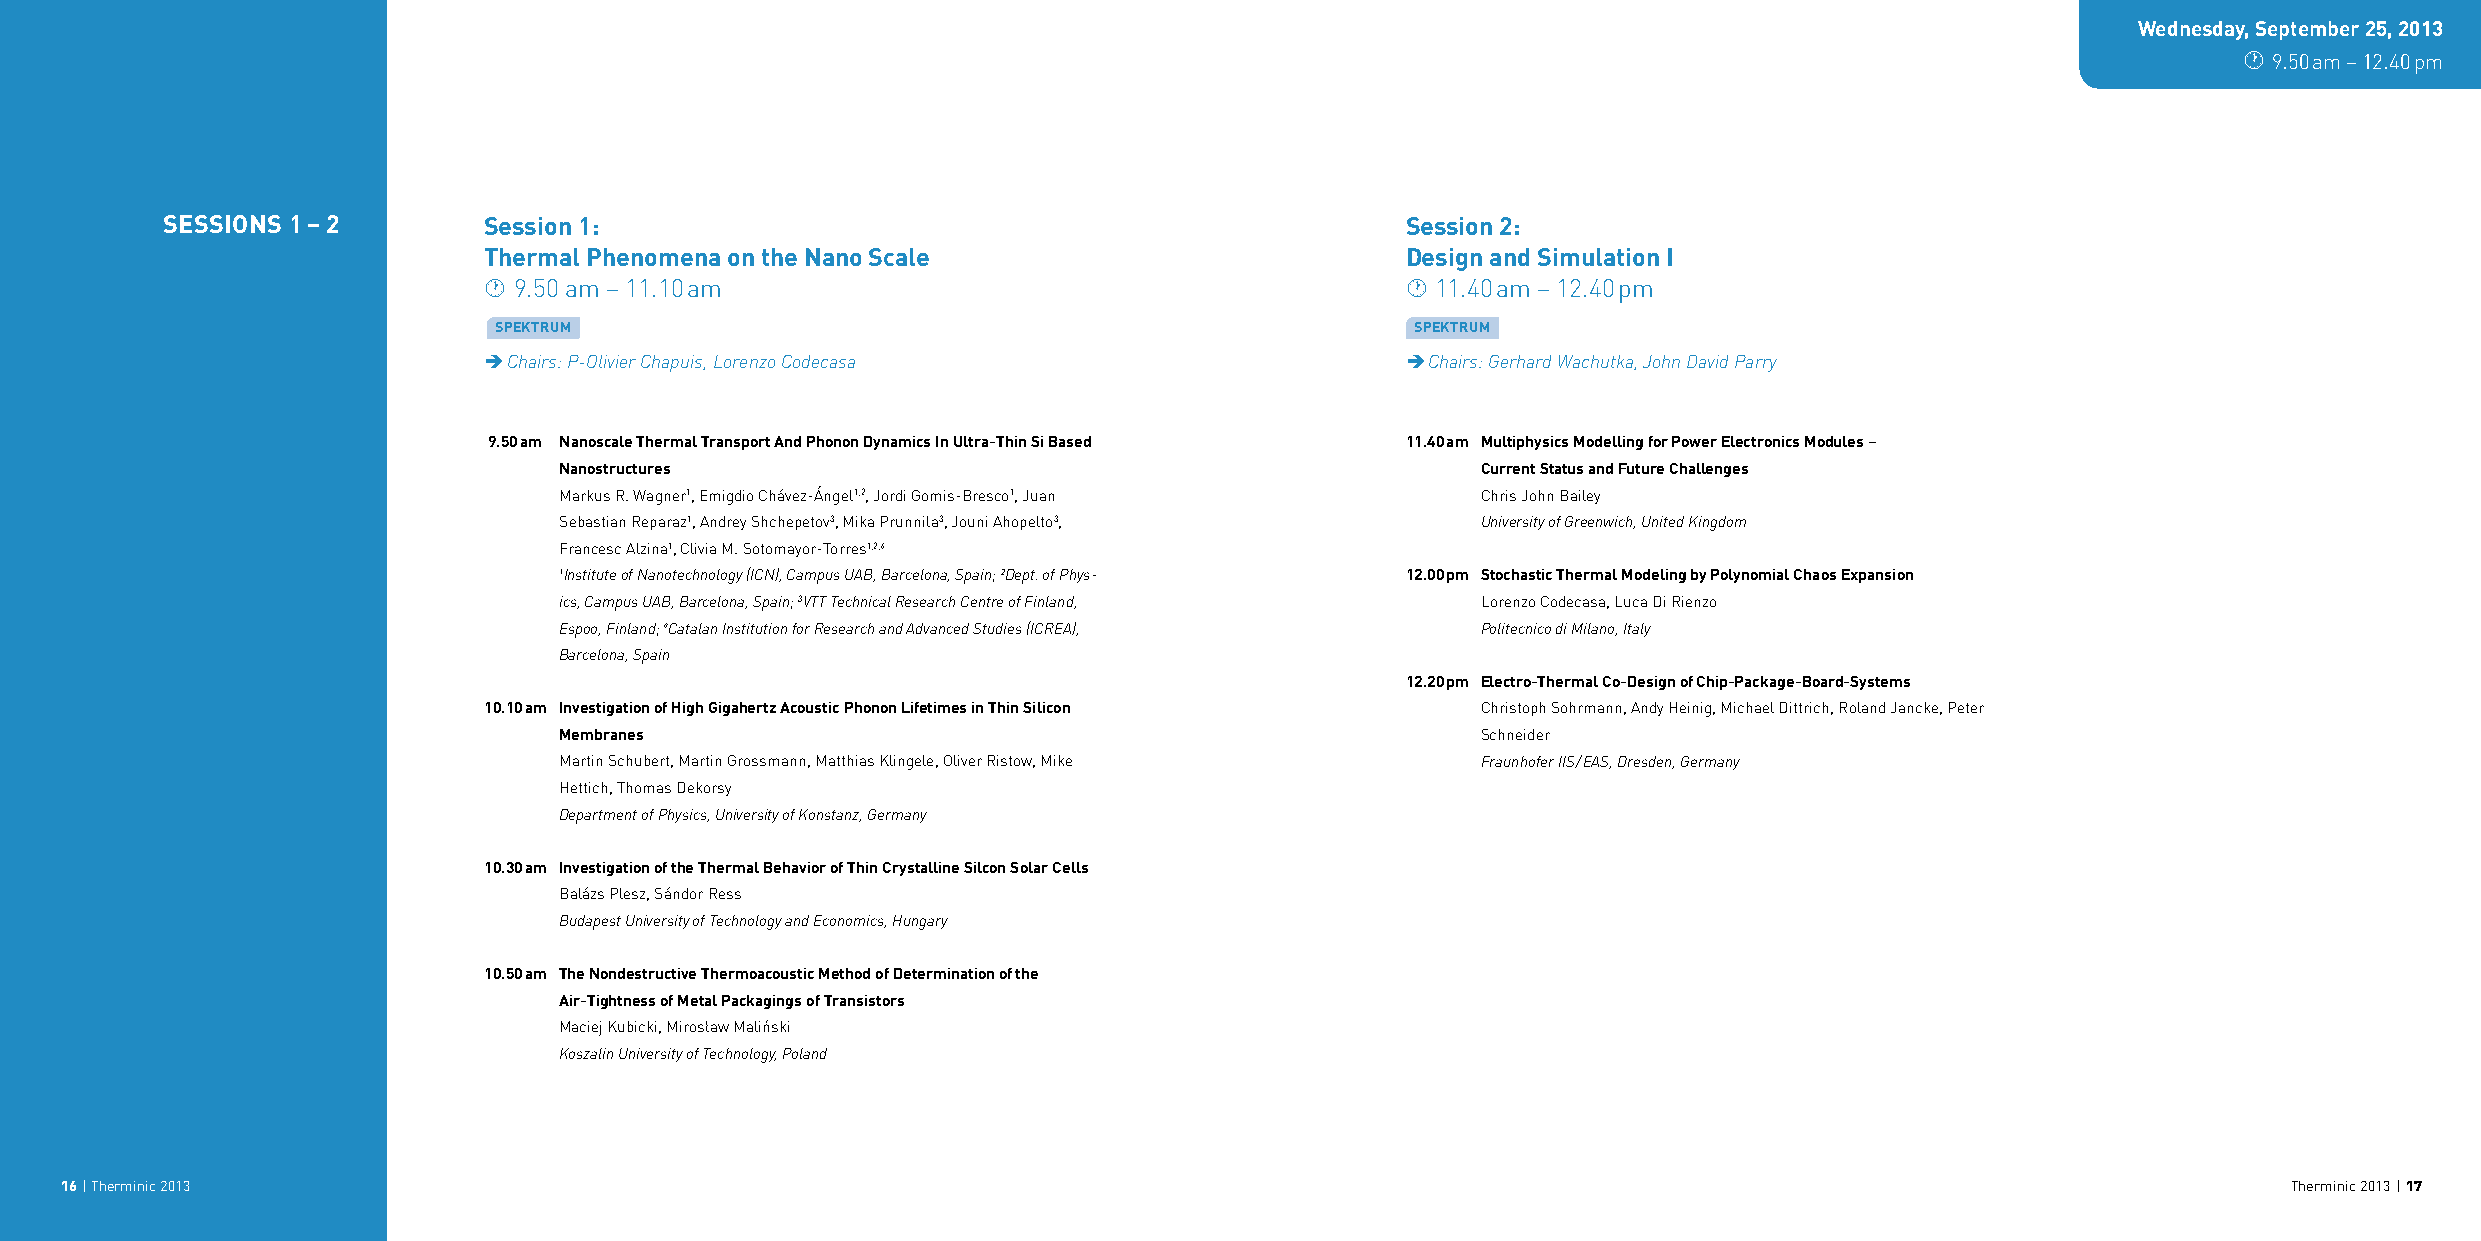
Wednesday, September 25, 2013
  9.50 am – 12.40 pm
 SeSSionS 1 – 2       Session 1:                                                   Session 2:
 Thermal Phenomena on the Nano Scale                          Design and Simulation I
  9.50 am – 11.10 am                                          11.40 am – 12.40 pm
 SPektrum                                                     SPektrum
  Chairs: P-Olivier Chapuis, Lorenzo Codecasa                 Chairs: Gerhard Wachutka, John David Parry
 9.50 am Nanoscale Thermal Transport And Phonon Dynamics In Ultra-Thin Si Based 11.40 am Multiphysics Modelling for Power Electronics Modules –
 Nanostructures                                               Current Status and Future Challenges
 Markus R. Wagner1, Emigdio Chávez-Ángel1,2, Jordi Gomis-Bresco1, Juan Chris John Bailey
 Sebastian Reparaz1, Andrey Shchepetov3, Mika Prunnila3, Jouni Ahopelto3, University of Greenwich, United Kingdom
 Francesc Alzina1, Clivia M. Sotomayor-Torres1,2,4
 1Institute of Nanotechnology (ICN), Campus UAB, Barcelona, Spain; 2Dept. of Phys- 12.00 pm Stochastic Thermal Modeling by Polynomial Chaos Expansion
 ics, Campus UAB, Barcelona, Spain; 3VTT Technical Research Centre of Finland, Lorenzo Codecasa, Luca Di Rienzo
 Espoo, Finland; 4Catalan Institution for Research and Advanced Studies (ICREA), Politecnico di Milano, Italy
 Barcelona, Spain
 12.20 pm Electro-Thermal Co-Design of Chip-Package-Board-Systems
 10.10 am Investigation of High Gigahertz Acoustic Phonon Lifetimes in Thin Silicon Christoph Sohrmann, Andy Heinig, Michael Dittrich, Roland Jancke, Peter
 Membranes                                                    Schneider
 Martin Schubert, Martin Grossmann, Matthias Klingele, Oliver Ristow, Mike Fraunhofer IIS / EAS, Dresden, Germany
 Hettich, Thomas Dekorsy
 Department of Physics, University of Konstanz, Germany
 10.30 am Investigation of the Thermal Behavior of Thin Crystalline Silcon Solar Cells
 Balázs Plesz, Sándor Ress
 Budapest University of Technology and Economics, Hungary
 10.50 am The Nondestructive Thermoacoustic Method of Determination of the
 Air-Tightness of Metal Packagings of Transistors
 Maciej Kubicki, Mirosław Maliński
 Koszalin University of Technology, Poland
 16 | Therminic 2013                                                                                                                                 Therminic 2013 | 17